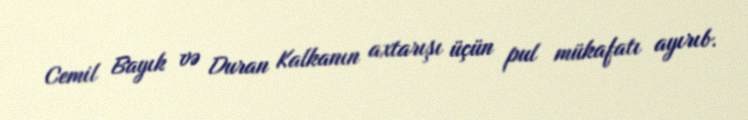
Cemil Bayık və Duran Kalkanın axtarışı üçün pul mükafatı ayırıb.